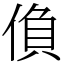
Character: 偩